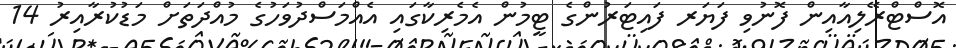
އޮސްޓްރޭލިއާއިން ފޮނުވި ފަޔަރ ފައިޓަރުންގެ ޓީމުން އެމެރިކާގައި އެއްމަސްދުވަހުގެ މުއްދަތަށް މަޑުކުރާއިރު 14